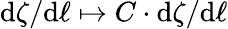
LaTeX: \mathrm{d}\zeta/\mathrm{d}\ell\mapsto C\cdot\mathrm{d}\zeta/\mathrm{d}\ell